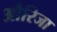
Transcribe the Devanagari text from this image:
औरिजा